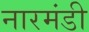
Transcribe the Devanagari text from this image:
नारमंडी